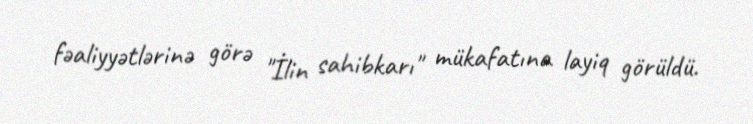
fəaliyyətlərinə görə "İlin sahibkarı" mükafatına layiq görüldü.